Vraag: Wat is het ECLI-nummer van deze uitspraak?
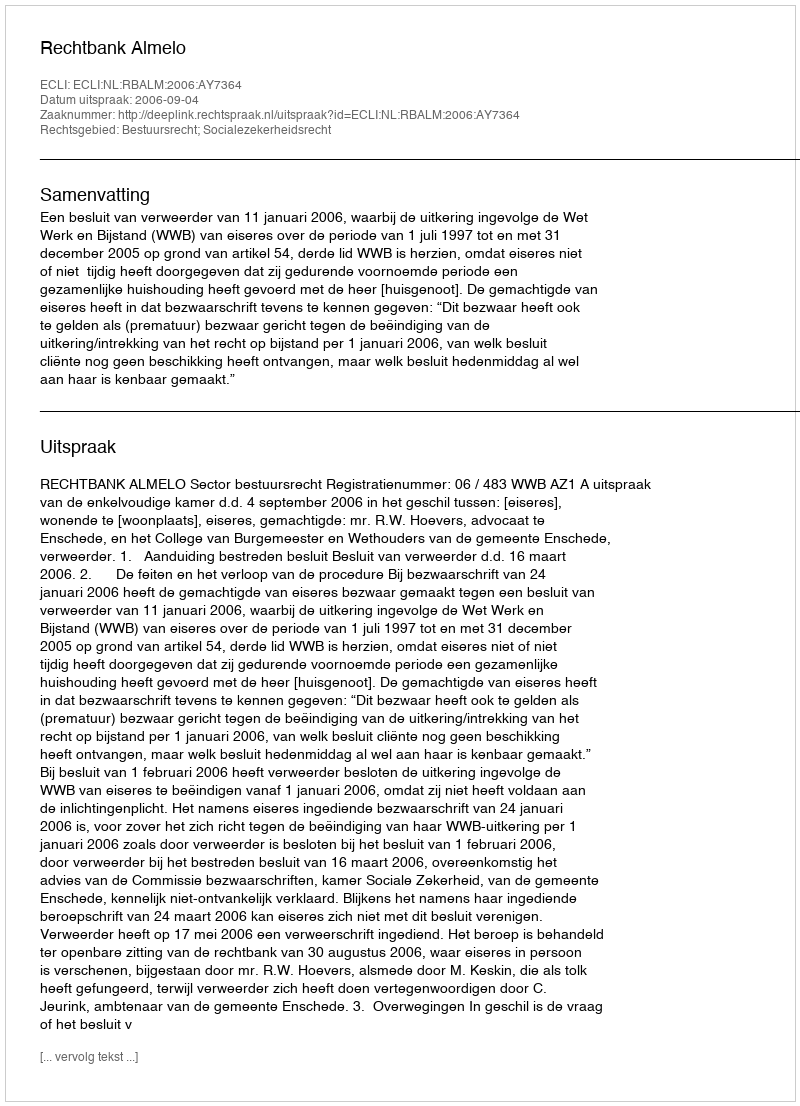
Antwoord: ECLI:NL:RBALM:2006:AY7364